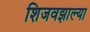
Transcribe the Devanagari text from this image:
शिजवझाल्या